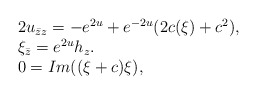
\begin{align*} \begin{array}{ll} 2 u_{\bar{z}z} = -e^{2u} +e^{-2u} (2c (\xi)+c^2),\\ \xi_{\bar{z}} = e^{2u} h_z. \\0 = Im((\xi + c)\xi ), \\ \end{array} \end{align*}